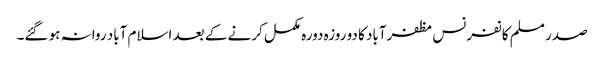
صدر مسلم کانفرنس مظفرآباد کا دو روزہ دورہ مکمل کرنے کے بعد اسلام آباد روانہ ہو گئے۔